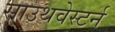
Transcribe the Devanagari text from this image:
साउथवेस्टर्न